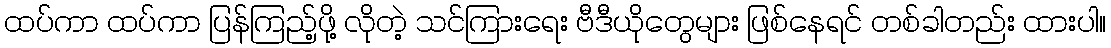
ထပ်ကာ ထပ်ကာ ပြန်ကြည့်ဖို့ လိုတဲ့ သင်ကြားရေး ဗီဒီယိုတွေများ ဖြစ်နေရင် တစ်ခါတည်း ထားပါ။